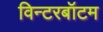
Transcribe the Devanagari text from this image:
विन्टरबॉटम